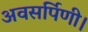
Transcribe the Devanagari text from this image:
अवसर्पिणी।